Code of medical and sanitary regulations for the guidance of medical officers serving in the Madras Presidency - Volume II
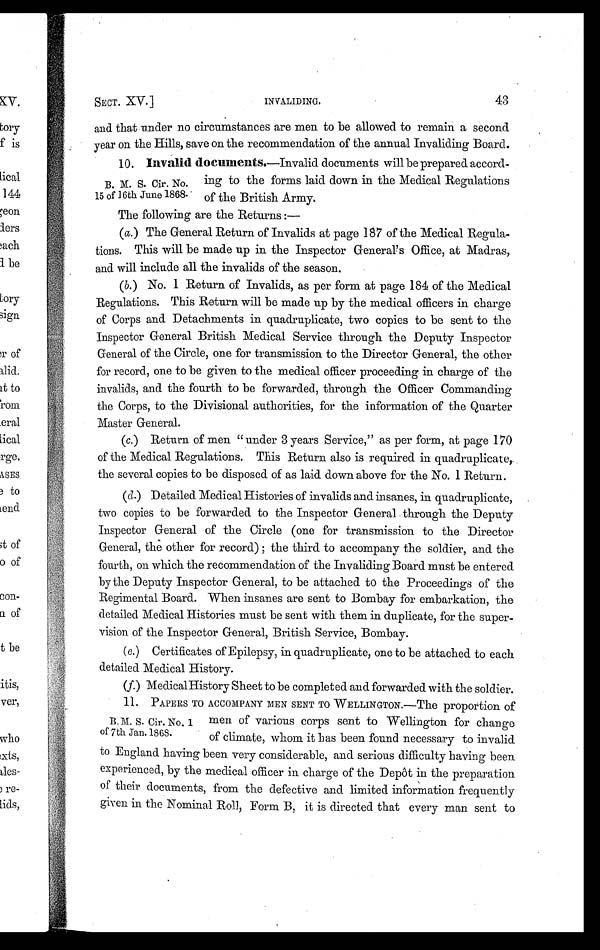
SECT. XV.]
INVALIDING.
43
and that under no circumstances are men to be allowed to remain a second
year on the Hills, save on the recommendation of the annual Invaliding Board.
10. Invalid documents.—Invalid documents will be prepared accord.
ing to the forms laid down in the Medical Regulations
of the British Army.
The following are the Returns :
—
(a.) The General Return of Invalids at page 187 of the Medical Regula-
tions. This will be made up in the Inspector General's Office, at Madras,
and will include all the invalids of the season.
(b.) No. 1 Return of Invalids, as per form at page 184 of the Medical
Regulations. This Return will be made up by the medical officers in charge
of Corps and Detachments in quadruplicate, two copies to be sent to the
Inspector General British Medical Service through the Deputy Inspector
General of the Circle, one for transmission to the Director General, the other
for record, one to be given to the medical officer proceeding in charge of the
invalids, and the fourth to be forwarded, through the Officer Commanding
the Corps, to the Divisional authorities, for the information of the Quarter
Master General.
(c.) Return of men " under 3 years Service," as per form, at page 170
of the Medical Regulations. This Return also is required in quadruplicate,
the several copies to be disposed of as laid down above for the No. 1 Return.
(d.) Detailed Medical Histories of invalids and insanes, in quadruplicate,
two copies to be forwarded to the Inspector General through the Deputy
Inspector General of the Circle (one for transmission to the Director
General, the other for record) ; the third to accompany the soldier, and the
fourth, on which the recommendation of the Invaliding Board must be entered
by the Deputy Inspector General, to be attached to the Proceedings of the
Regimental Board. When insanes are sent to Bombay for embarkation, the
detailed Medical Histories must be sent with them in duplicate, for the super-
vision of the Inspector General, British Service, Bombay.
(e.) Certificates of Epilepsy, in quadruplicate, one to be attached to each
detailed Medical History.
(f.) Medical History Sheet to be completed and forwarded with the soldier.
11. PAPERS TO ACCOMPANY MEN SENT TO WELLINGTON.—The proportion of
men of various corps sent to Wellington for change
of climate, whom it has been found necessary to invalid
to England having been very considerable, and serious difficulty having been
experienced, by the medical officer in charge of the Depôt in the preparation
of their documents, from the defective and limited information frequently
given in the Nominal Roll, Form B, it is directed that every man sent to
B. M. S. Cir. No.
15 of 16th June 1868.
B. M. S. Cir. No. 1
of 7th Jan. 1868.